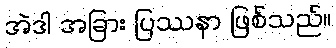
အဲဒါ အခြား ပြဿနာ ဖြစ်သည်။